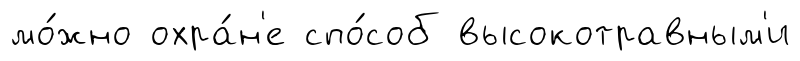
мо́жно охра́н'е спо́соб высокотравным'и